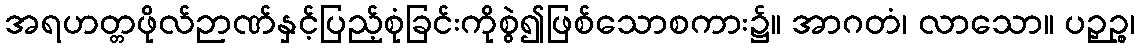
အရဟတ္တဖိုလ်ဉာဏ်နှင့်ပြည့်စုံခြင်းကိုစွဲ၍ဖြစ်သောစကား၌။ အာဂတံ၊ လာသော။ ပဉှဉ္စ၊